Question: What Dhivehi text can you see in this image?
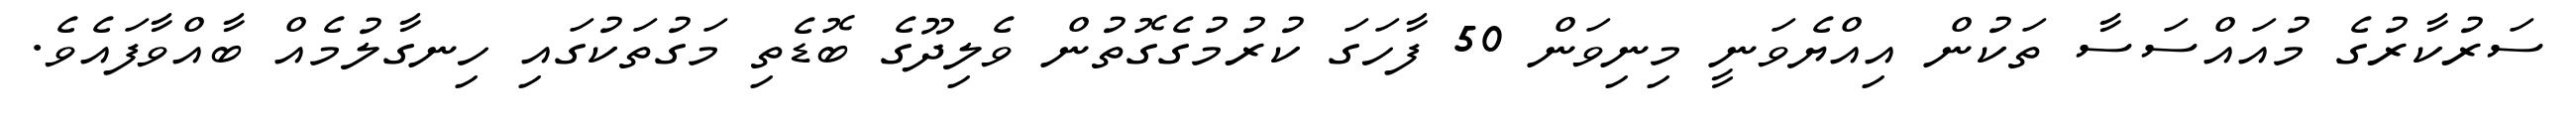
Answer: ސަރުކާރުގެ މުއައްސަސާ ތަކުން އިއްޔެވަނީ މިނިވަން 50 ފާހަގަ ކުރުމުގެގޮތުން ވެލިދޫގެ ބޮޑެތި މަގުތަކުގައި ހިނގާލުމެއް ބާއްވާފައެވެ.